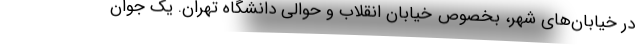
در خیابان‌های شهر، بخصوص خیابان انقلاب و حوالی دانشگاه تهران. یک جوان